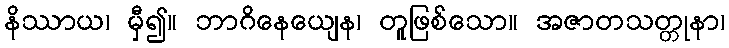
နိဿာယ၊ မှီ၍။ ဘာဂိနေယျေန၊ တူဖြစ်သော။ အဇာတသတ္တုနာ၊